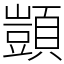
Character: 顗